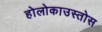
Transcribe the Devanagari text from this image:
होलोकाउस्तोस